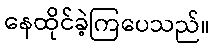
နေထိုင်ခဲ့ကြပေသည်။